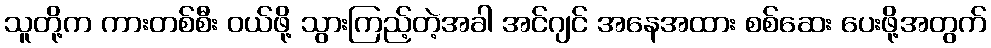
သူတို့က ကားတစ်စီး ဝယ်ဖို့ သွားကြည့်တဲ့အခါ အင်ဂျင် အနေအထား စစ်ဆေး ပေးဖို့အတွက်